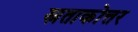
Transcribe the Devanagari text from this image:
स्नताकोत्तर